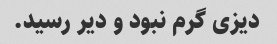
دیزی گرم نبود و دیر رسید.